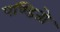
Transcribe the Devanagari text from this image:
पण्डितो